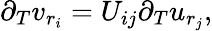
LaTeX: \partial_{T}v_{r_{i}}=U_{ij}\partial_{T}u_{r_{j}},